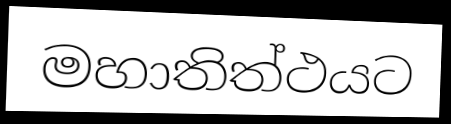
මහාතිත්ථයට